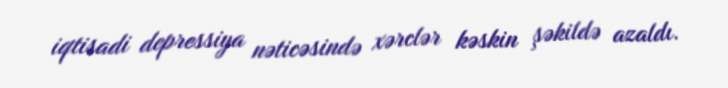
iqtisadi depressiya nəticəsində xərclər kəskin şəkildə azaldı.